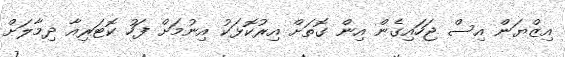
އިޒްޔަން އިސް ޖަހައިގެން އިން ގޮތަށް އިރުކޮޅަކު އިނުމަށް ފަހު ކޮޓަރިއާ ދިމާލަށް